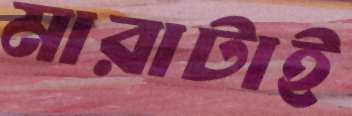
মারাটাই